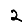
Digit: 2